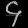
Digit: ၄